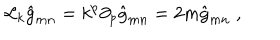
LaTeX: \mathcal { L } _ { k } \hat { g } _ { m n } = k ^ { p } \partial _ { p } \hat { g } _ { m n } = 2 m \hat { g } _ { m n } \; ,